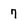
Character: 7